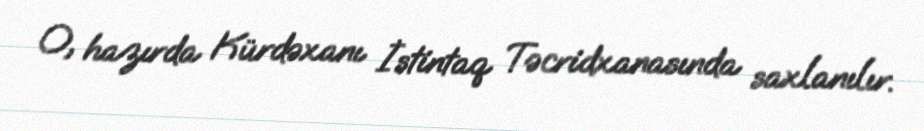
O, hazırda Kürdəxanı İstintaq Təcridxanasında saxlanılır.